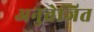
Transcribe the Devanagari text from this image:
अनुत्तेजित